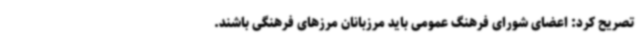
تصریح کرد: اعضای شورای فرهنگ عمومی باید مرزبانان مرزهای فرهنگی باشند.